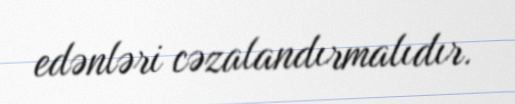
edənləri cəzalandırmalıdır.